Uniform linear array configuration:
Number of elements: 12
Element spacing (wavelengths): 0.5
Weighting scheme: blackman
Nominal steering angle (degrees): -60
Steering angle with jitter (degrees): -58.501
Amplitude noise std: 0.05
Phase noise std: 0.05

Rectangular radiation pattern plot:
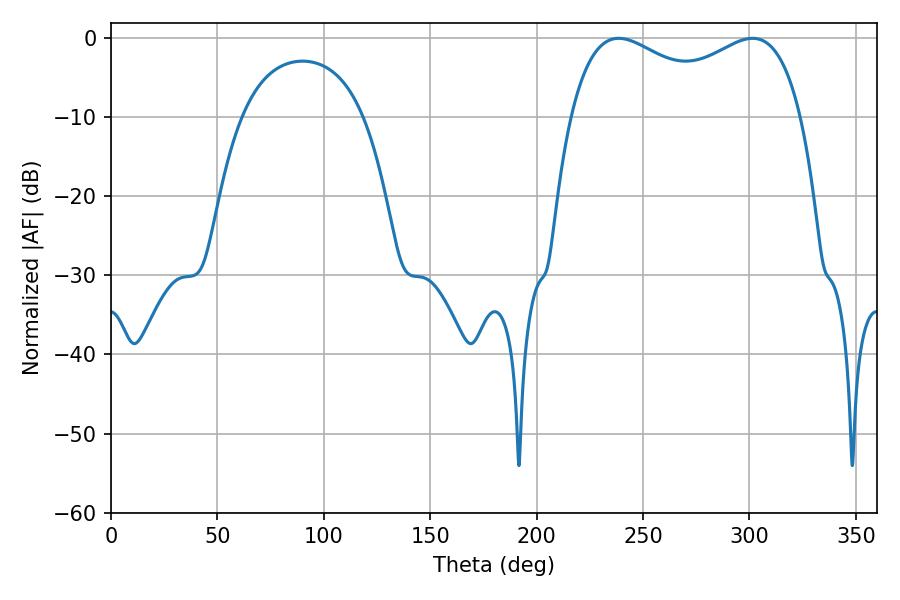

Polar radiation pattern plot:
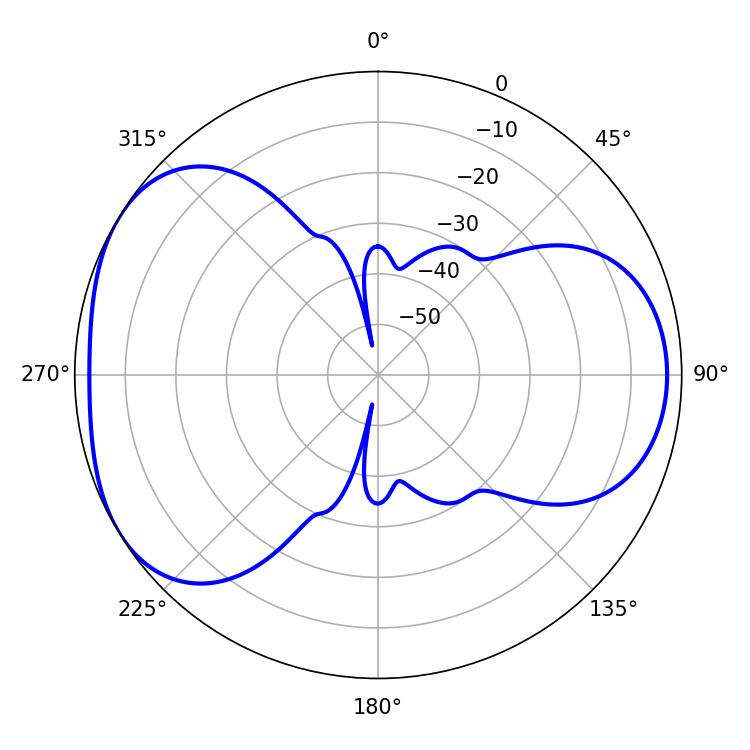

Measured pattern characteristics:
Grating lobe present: FALSE
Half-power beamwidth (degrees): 90.36
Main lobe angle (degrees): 238.5